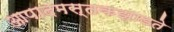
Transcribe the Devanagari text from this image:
आपादमस्तकझाडते